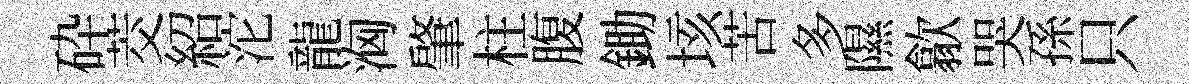
砕茭紹沱龍洶肇柱腹鋤垓苦多隰歙哭孫只